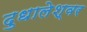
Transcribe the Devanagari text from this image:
दुधालेश्‍वर